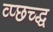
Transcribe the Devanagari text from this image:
व्प्छच्द्ध